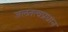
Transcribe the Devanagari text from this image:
जलतत्वप्रधान